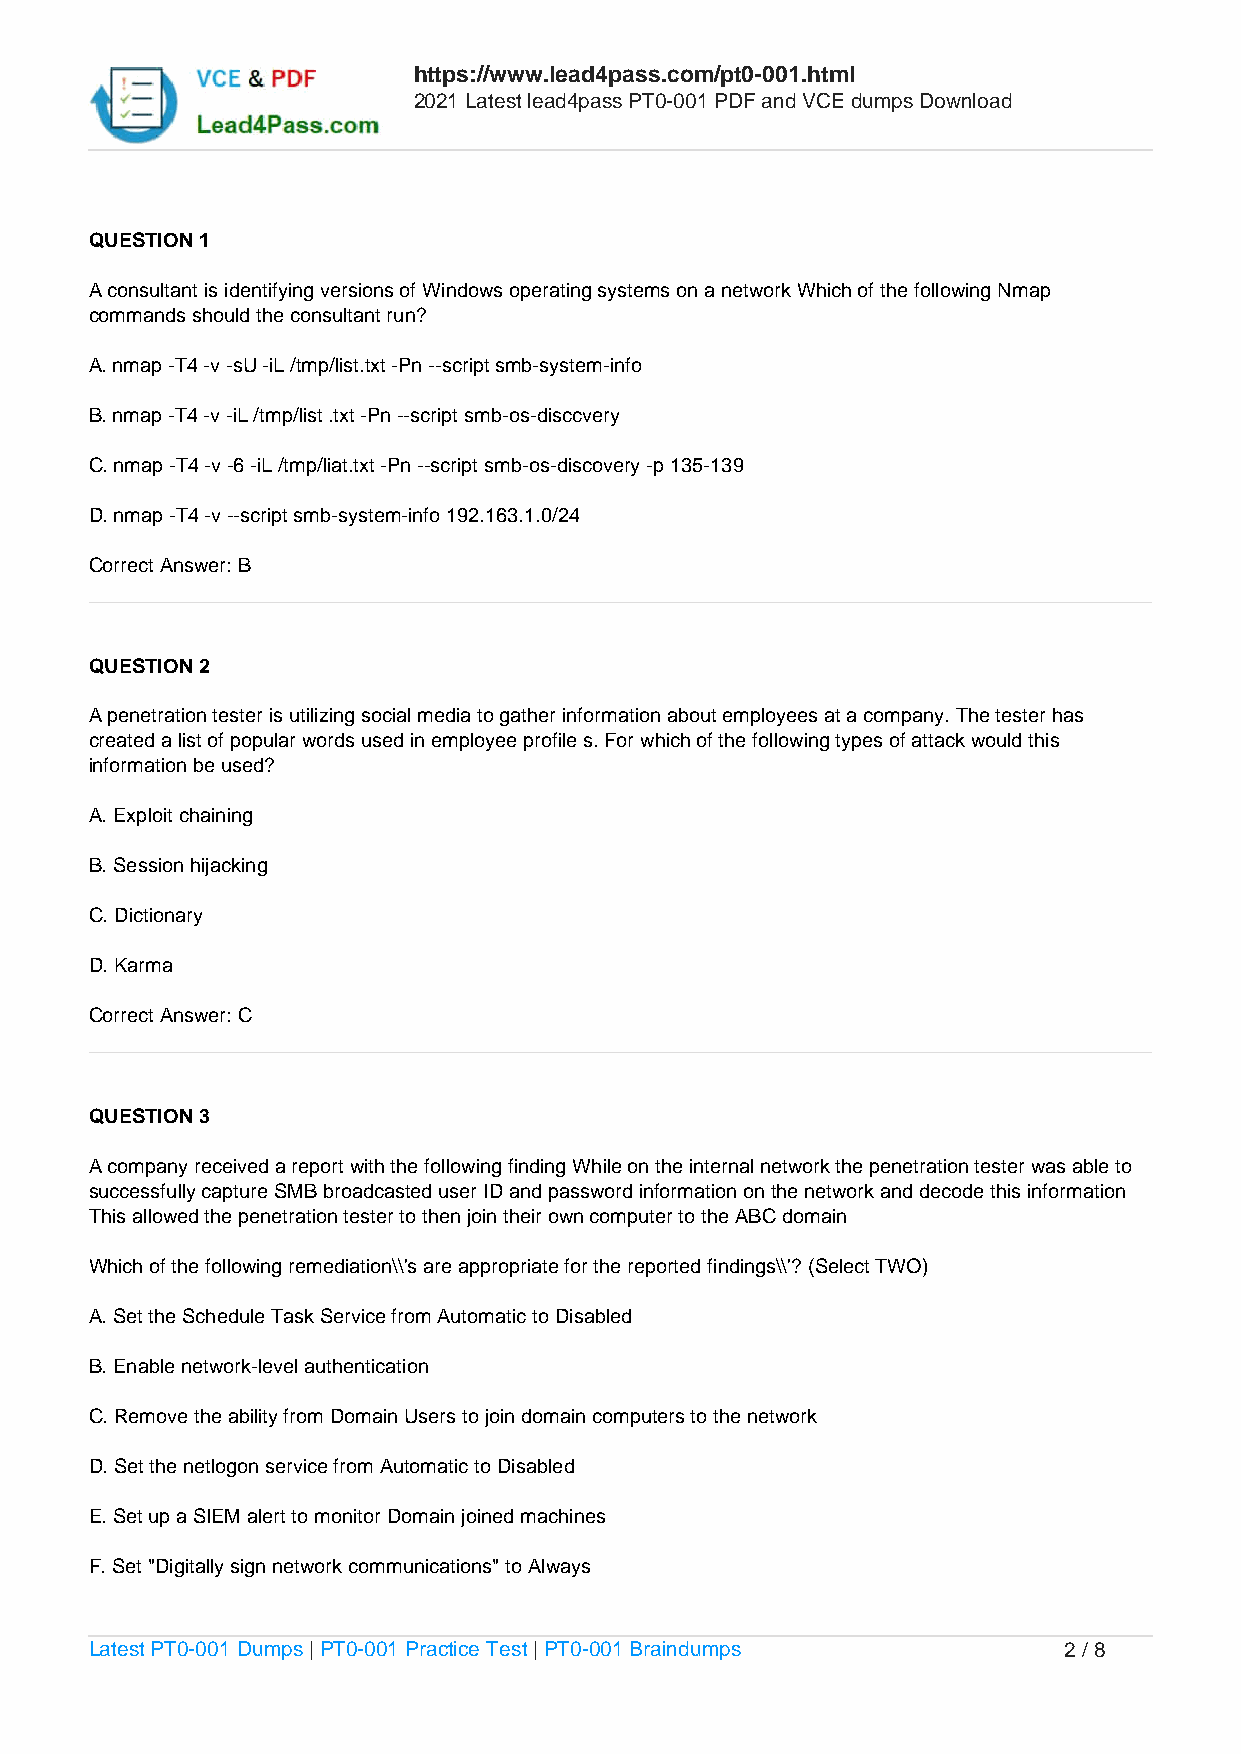
https://www.lead4pass.com/pt0-001.html
 2021 Latest lead4pass PT0-001 PDF and VCE dumps Download
 QUESTION 1
 A consultant is identifying versions of Windows operating systems on a network Which of the following Nmap
 commands should the consultant run?
 A. nmap -T4 -v -sU -iL /tmp/list.txt -Pn --script smb-system-info
 B. nmap -T4 -v -iL /tmp/list .txt -Pn --script smb-os-disccvery
 C. nmap -T4 -v -6 -iL /tmp/liat.txt -Pn --script smb-os-discovery -p 135-139
 D. nmap -T4 -v --script smb-system-info 192.163.1.0/24
 Correct Answer: B
 QUESTION 2
 A penetration tester is utilizing social media to gather information about employees at a company. The tester has
 created a list of popular words used in employee profile s. For which of the following types of attack would this
 information be used?
 A. Exploit chaining
 B. Session hijacking
 C. Dictionary
 D. Karma
 Correct Answer: C
 QUESTION 3
 A company received a report with the following finding While on the internal network the penetration tester was able to
 successfully capture SMB broadcasted user ID and password information on the network and decode this information
 This allowed the penetration tester to then join their own computer to the ABC domain
 Which of the following remediation\\'s are appropriate for the reported findings\\'? (Select TWO)
 A. Set the Schedule Task Service from Automatic to Disabled
 B. Enable network-level authentication
 C. Remove the ability from Domain Users to join domain computers to the network
 D. Set the netlogon service from Automatic to Disabled
 E. Set up a SIEM alert to monitor Domain joined machines
 F. Set "Digitally sign network communications" to Always
 Latest PT0-001 Dumps | PT0-001 Practice Test | PT0-001 Braindumps 2 / 8